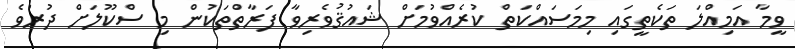
ވީމާ އަމިއްލަ ތަކެތީގައި މިމަސައްކަތް ކުރެއްވުމަށް ޝައުޤުވެރިވާ ފަރާތްތަކުން މި ސްކޫލަށް ދުރުވެ